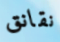
نقانق